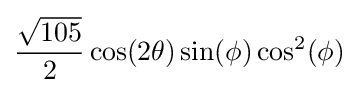
{\frac {\sqrt {105}}{2}}\cos(2\theta )\sin(\phi )\cos ^{2}(\phi )